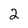
Character: 2